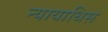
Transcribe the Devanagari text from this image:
न्यायाधिस